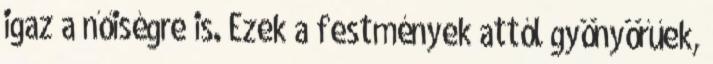
igaz a nőiségre is. Ezek a festmények attól gyönyörűek,